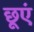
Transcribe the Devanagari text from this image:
छूएं